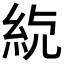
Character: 𥾳